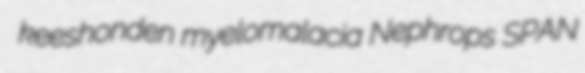
keeshonden myelomalacia Nephrops SPAN